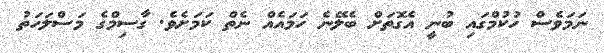
ނަމަވެސް ހުކުމްގައި ބުނީ އެގޮތަށް ބެލޭނެ ހަމައެއް ނެތް ކަމަށެވެ. ގާސިމްގެ މަސްލަހަތު